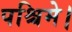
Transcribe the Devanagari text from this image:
पश्चिमे।